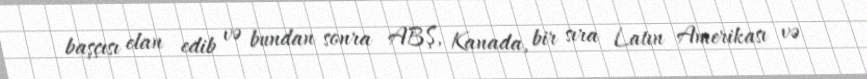
başçısı elan edib və bundan sonra ABŞ, Kanada, bir sıra Latın Amerikası və